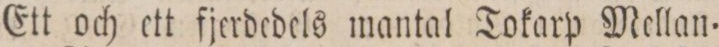
Ett och ett fjerdedels mantal Tokarp Mellan=